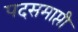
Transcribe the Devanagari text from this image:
पदसमाप्ती